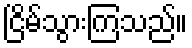
ငြိမ်သွားကြသည်။